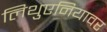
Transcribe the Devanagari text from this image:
लिथुएनियावर